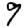
Digit: 9